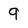
Character: 9